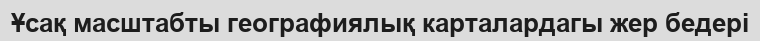
Ұсақ масштабты географиялық карталардагы жер бедері